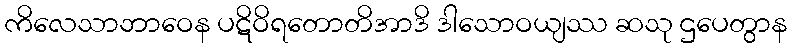
ကိလေသာဘာဝေန ပဋိဝိရတောတိအာဒိ ဒါသောဝယျဿ ဆသု ဌပေတွာန